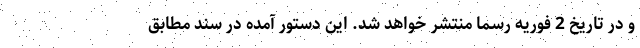
و در تاریخ 2 فوریه رسما منتشر خواهد شد. این دستور آمده در سند مطابق